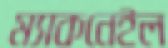
ম্যাকনেইল